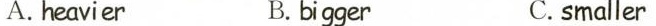
A.heavier B.bigger C. smaller